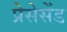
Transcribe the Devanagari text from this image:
प्रेसेसेंड